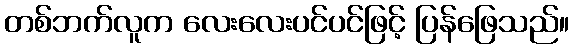
တစ်ဘက်လူက လေးလေးပင်ပင်ဖြင့် ပြန်ဖြေသည်။